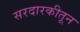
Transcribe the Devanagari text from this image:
सरदारकीतून